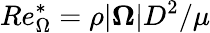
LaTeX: Re_{\Omega}^{*}=\rho|\boldsymbol{\Omega}|D^{2}/\mu